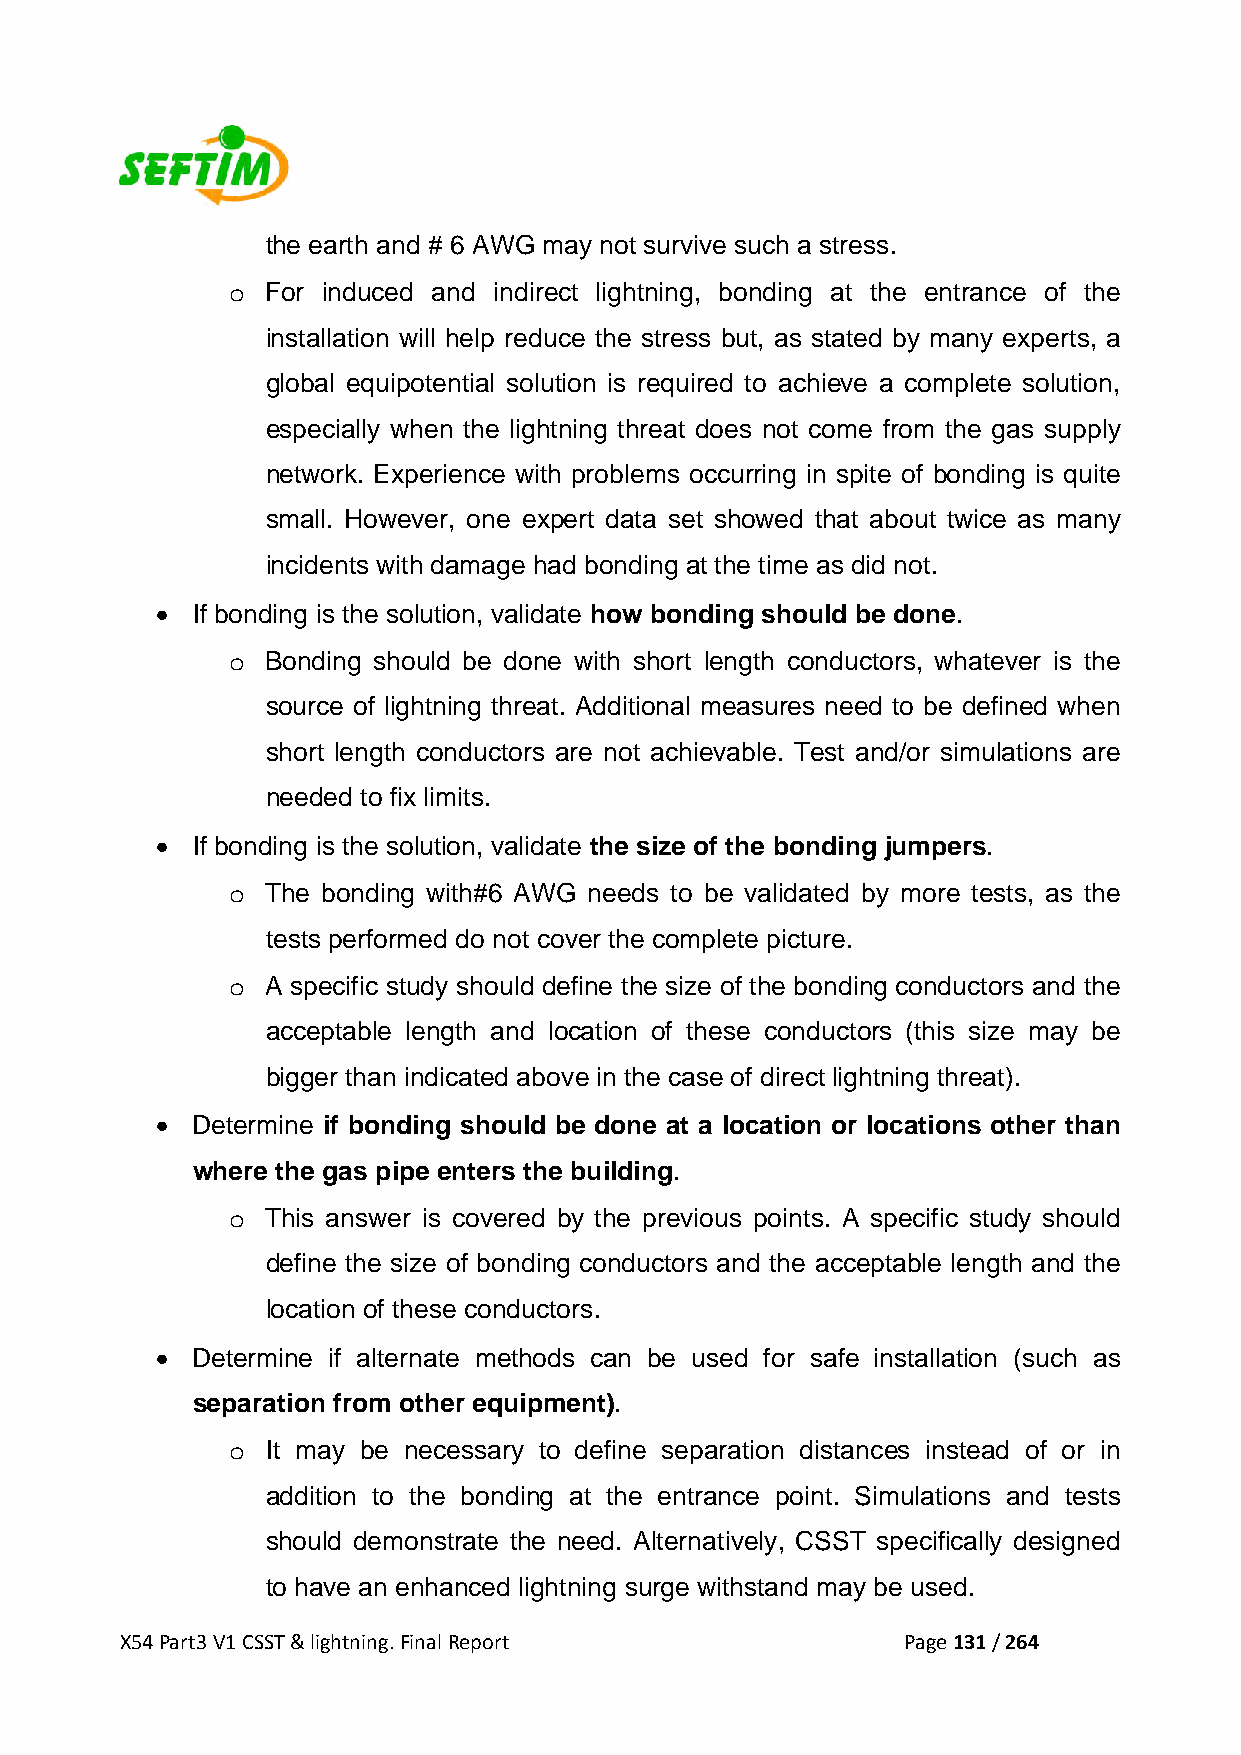
the earth and # 6 AWG may not survive such a stress.
 o  For induced and indirect lightning, bonding at the entrance of the
 installation will help reduce the stress but, as stated by many experts, a
 global equipotential solution is required to achieve a complete solution,
 especially when the lightning threat does not come from the gas supply
 network. Experience with problems occurring in spite of bonding is quite
 small. However, one expert data set showed that about twice as many
 incidents with damage had bonding at the time as did not.
 •  If bonding is the solution, validate how bonding should be done.
 o  Bonding should be done with short length conductors, whatever is the
 source of lightning threat. Additional measures need to be defined when
 short length conductors are not achievable. Test and/or simulations are
 needed to fix limits.
 •  If bonding is the solution, validate the size of the bonding jumpers.
 o  The bonding with#6 AWG needs to be validated by more tests, as the
 tests performed do not cover the complete picture.
 o  A specific study should define the size of the bonding conductors and the
 acceptable length and location of these conductors (this size may be
 bigger than indicated above in the case of direct lightning threat).
 •  Determine if bonding should be done at a location or locations other than
 where the gas pipe enters the building.
 o  This answer is covered by the previous points. A specific study should
 define the size of bonding conductors and the acceptable length and the
 location of these conductors.
 •  Determine if alternate methods can be used for safe installation (such as
 separation from other equipment).
 o  It may be necessary to define separation distances instead of or in
 addition to the bonding at the entrance point. Simulations and tests
 should demonstrate the need. Alternatively, CSST specifically designed
 to have an enhanced lightning surge withstand may be used.
 X54 Part3 V1 CSST & lightning. Final Report         Page 131 / 264